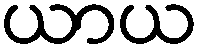
ယာယ